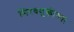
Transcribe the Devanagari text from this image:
मिरवणुकीच्या